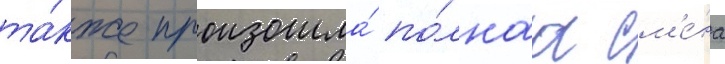
та́кже произошла́ по́лнаа см'е́на